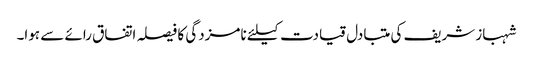
شہباز شریف کی متبادل قیادت کیلئے نامزدگی کا فیصلہ اتفاق رائے سے ہوا۔